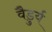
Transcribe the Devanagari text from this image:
वैडुर्य